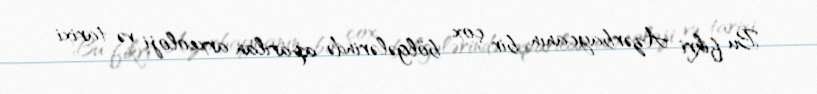
Bu fikri Azərbaycanın bir çox bölgələrində aparılan arxeoloji və tarixi